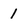
Character: 1